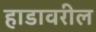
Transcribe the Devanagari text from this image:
हाडावरील